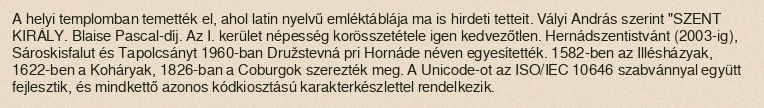
A helyi templomban temették el, ahol latin nyelvű emléktáblája ma is hirdeti tetteit. Vályi András szerint "SZENT KIRÁLY. Blaise Pascal-díj. Az I. kerület népesség korösszetétele igen kedvezőtlen. Hernádszentistvánt (2003-ig), Sároskisfalut és Tapolcsányt 1960-ban Družstevná pri Hornáde néven egyesítették. 1582-ben az Illésházyak, 1622-ben a Koháryak, 1826-ban a Coburgok szerezték meg. A Unicode-ot az ISO/IEC 10646 szabvánnyal együtt fejlesztik, és mindkettő azonos kódkiosztású karakterkészlettel rendelkezik.